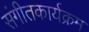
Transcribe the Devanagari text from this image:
संगीतकार्यक्रम